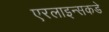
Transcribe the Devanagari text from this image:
एरलाइन्सकडे